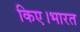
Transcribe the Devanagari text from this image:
किए।भारत